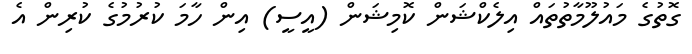
ގޮތުގެ މައުލޫމާތުތައް އިލެކްޝަން ކޮމިޝަން (އީސީ) އިން ހާމަ ކުރުމުގެ ކުރިން އެ